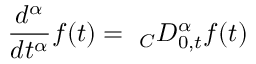
\frac { d ^ { \alpha } } { d t ^ { \alpha } } f ( t ) = \ _ { C } D _ { 0 , t } ^ { \alpha } f ( t )